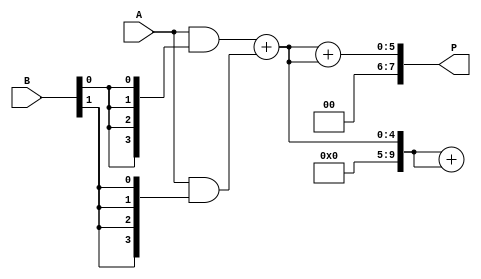
module FaultTolerantWallaceTreeMultiplier #(parameter WIDTH = 4) (
    input [WIDTH-1:0] A,
    input [WIDTH-1:0] B,
    output reg [2*WIDTH-1:0] P
);

    // Partial product generation
    wire [WIDTH-1:0] pp[WIDTH-1:0]; // Partial products
    genvar i, j;
    generate
        for (i = 0; i < WIDTH; i = i + 1) begin : gen_partial_products
            assign pp[i] = A & {WIDTH{B[i]}};
        end
    endgenerate

    // Wallace tree reduction
    wire [WIDTH:0] sum[WIDTH-1:0]; // Sums for the adders
    wire [WIDTH:0] carry[WIDTH-1:0]; // Carries for the adders

    // Level 1: Combine partial products using redundant adders
    generate
        for (i = 0; i < WIDTH-1; i = i + 1) begin : level1
            if (i % 2 == 0) begin
                assign {carry[i], sum[i]} = pp[i] + pp[i+1]; // Regular adder
                assign {carry[i+1], sum[i+1]} = pp[i] + pp[i+1]; // Redundant adder
            end
        end
    endgenerate

    // Level 2: Combine sums and carries
    generate
        for (i = 0; i < WIDTH-2; i = i + 2) begin : level2
            assign {carry[i], sum[i]} = {1'b0, sum[i]} + {1'b0, sum[i+1]}; // Regular adder
            assign {carry[i+1], sum[i+1]} = {1'b0, sum[i]} + {1'b0, sum[i+1]}; // Redundant adder
        end
    endgenerate

    // Final addition stage
    wire [2*WIDTH-1:0] final_sum;
    wire [2*WIDTH-1:0] final_carry;

    assign final_sum = {1'b0, sum[0]} + {1'b0, sum[1]}; // Final addition
    assign final_carry = {1'b0, sum[0]} + {1'b0, sum[1]}; // Redundant final addition

    // Output correction logic
    always @(*) begin
        if (final_sum == final_carry) begin
            P = final_sum; // No fault detected
        end else begin
            P = final_carry; // Use redundant path
        end
    end

endmodule